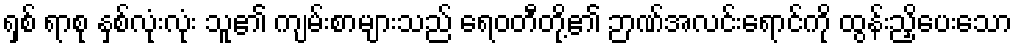
ရှစ် ရာစု နှစ်လုံးလုံး သူ၏ ကျမ်းစာများသည် ရေဝတီတို့၏ ဉာဏ်အလင်းရောင်ကို ထွန်းညှိပေးသော